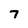
Character: 7